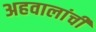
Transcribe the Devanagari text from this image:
अहवालांची